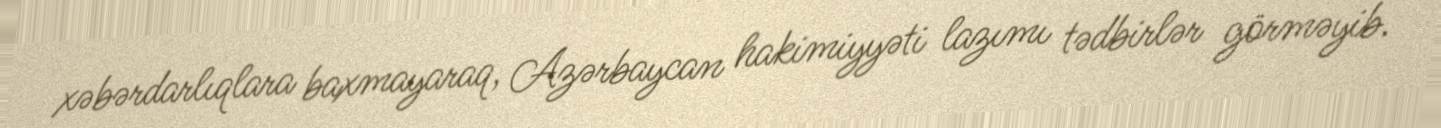
xəbərdarlıqlara baxmayaraq, Azərbaycan hakimiyyəti lazımı tədbirlər görməyib.